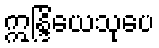
ဣန္ဒြိယေသုပေ